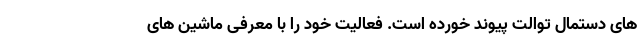
های دستمال توالت پیوند خورده است. فعالیت خود را با معرفی ماشین های